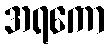
အရကော